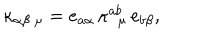
LaTeX: \kappa _ { \alpha \beta \ \mu } = e _ { a \alpha } \, \kappa _ { \ \ \mu } ^ { a b } \, e _ { b \beta } ,